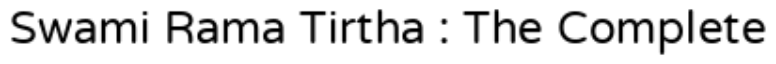
Swami Rama Tirtha : The Complete